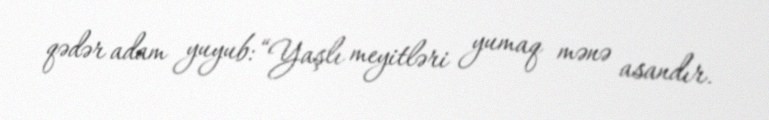
qədər adam yuyub: “Yaşlı meyitləri yumaq mənə asandır.